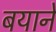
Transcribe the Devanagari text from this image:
बयाने